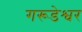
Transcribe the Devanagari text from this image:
गरूडेश्वर